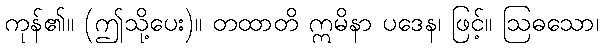
ကုန်၏။ (ဤသို့ပေး)။ တထာတိ ဣမိနာ ပဒေန၊ ဖြင့်။ ဩဓသော၊